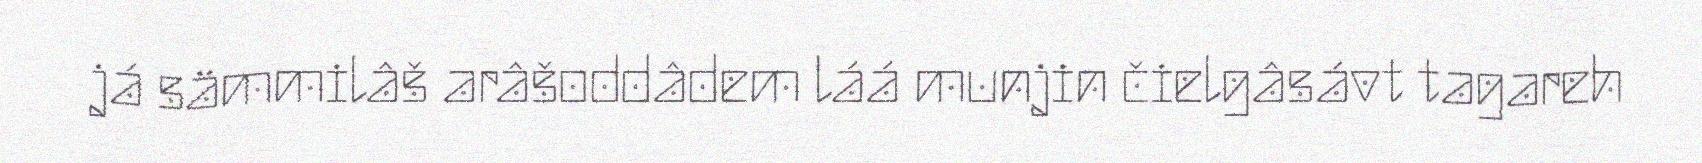
já sämmilâš arâšoddâdem láá munjin čielgâsávt tagareh